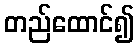
တည်ထောင်၍